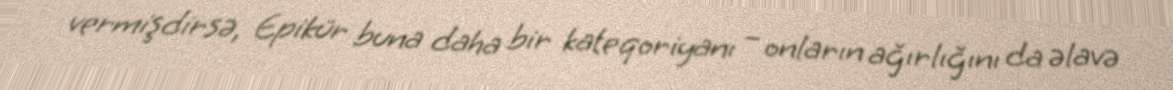
vermişdirsə, Epikür buna daha bir kateqoriyanı – onların ağırlığını da əlavə